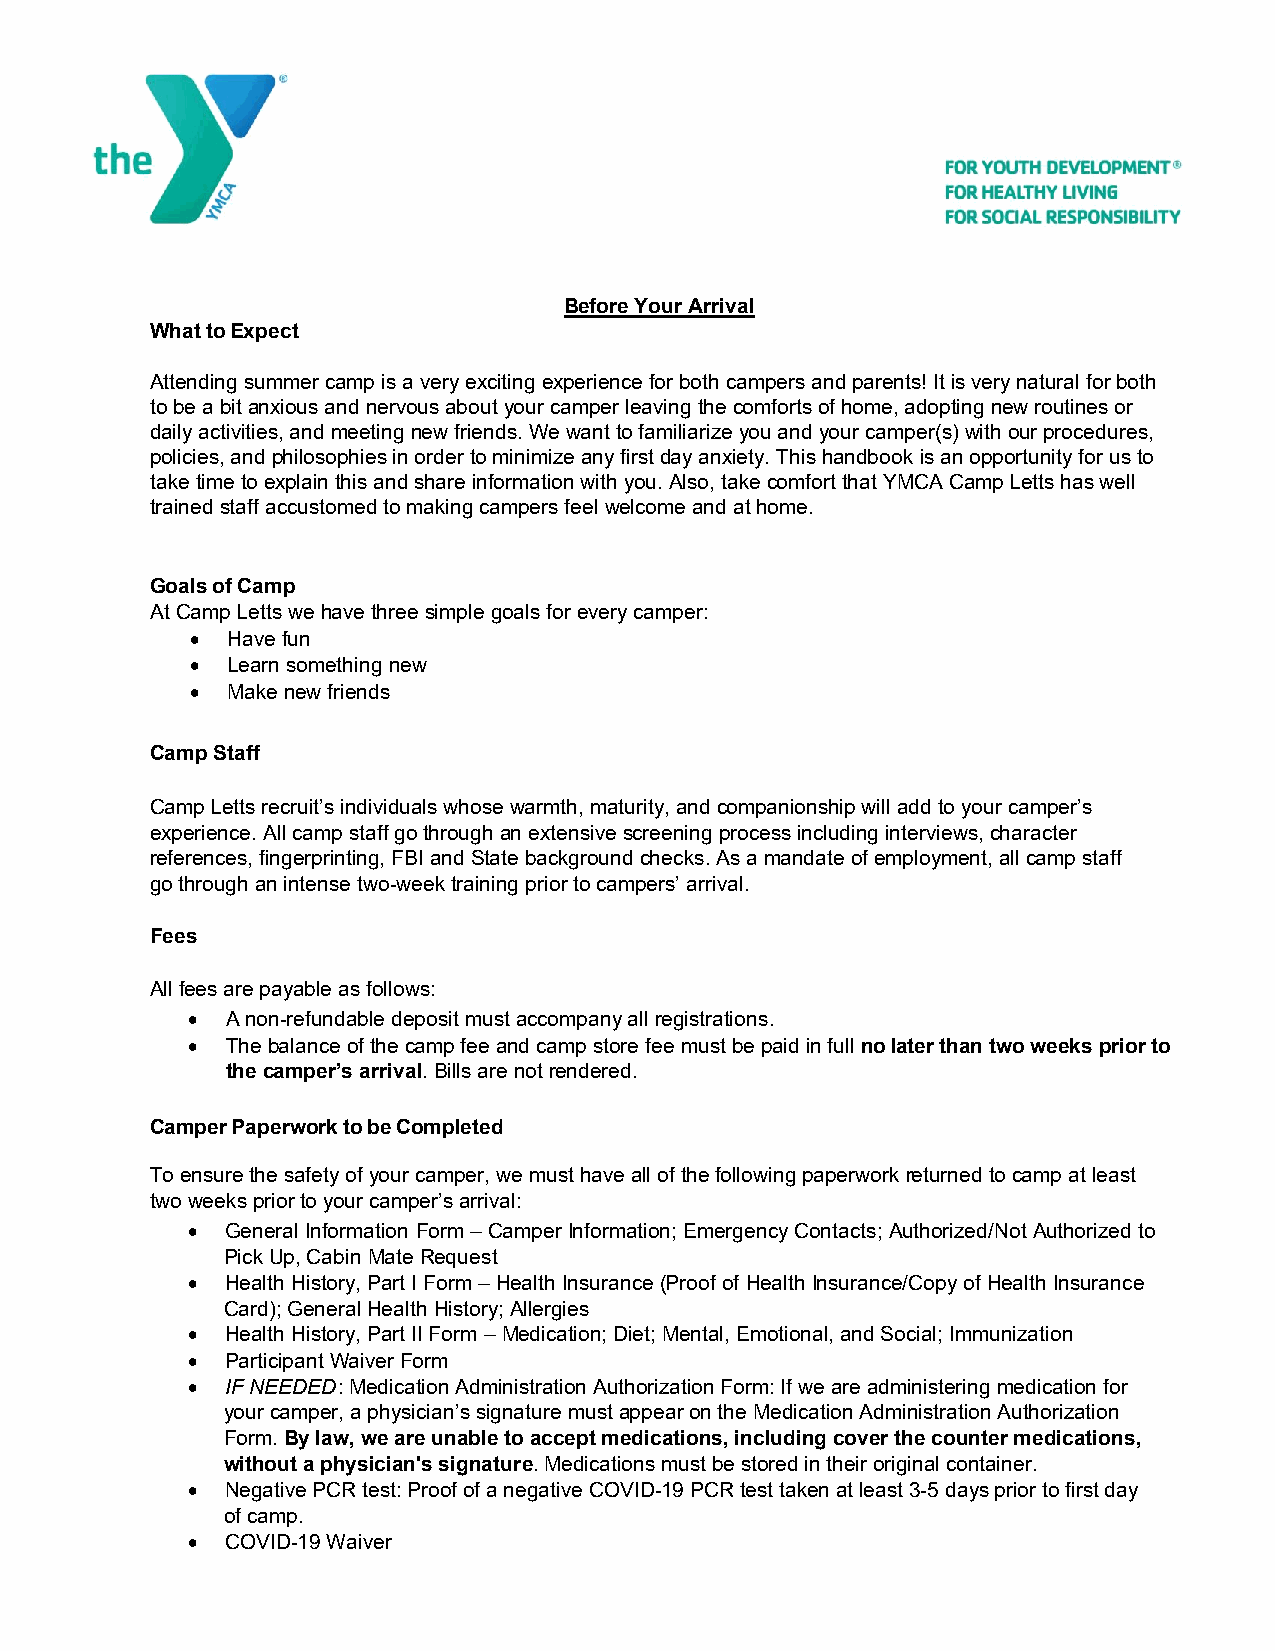
Before Your Arrival
 What to Expect
 Attending summer camp is a very exciting experience for both campers and parents! It is very natural for both
 to be a bit anxious and nervous about your camper leaving the comforts of home, adopting new routines or
 daily activities, and meeting new friends. We want to familiarize you and your camper(s) with our procedures,
 policies, and philosophies in order to minimize any first day anxiety. This handbook is an opportunity for us to
 take time to explain this and share information with you. Also, take comfort that YMCA Camp Letts has well
 trained staff accustomed to making campers feel welcome and at home.
 Goals of Camp
 At Camp Letts we have three simple goals for every camper:
  Have fun
  Learn something new
  Make new friends
 Camp Staff
 Camp Letts recruit’s individuals whose warmth, maturity, and companionship will add to your camper’s
 experience. All camp staff go through an extensive screening process including interviews, character
 references, fingerprinting, FBI and State background checks. As a mandate of employment, all camp staff
 go through an intense two-week training prior to campers’ arrival.
 Fees
 All fees are payable as follows:
   A non-refundable deposit must accompany all registrations.
   The balance of the camp fee and camp store fee must be paid in full no later than two weeks prior to
 the camper’s arrival. Bills are not rendered.
 Camper Paperwork to be Completed
 To ensure the safety of your camper, we must have all of the following paperwork returned to camp at least
 two weeks prior to your camper’s arrival:
   General Information Form – Camper Information; Emergency Contacts; Authorized/Not Authorized to
 Pick Up, Cabin Mate Request
   Health History, Part I Form – Health Insurance (Proof of Health Insurance/Copy of Health Insurance
 Card); General Health History; Allergies
   Health History, Part II Form – Medication; Diet; Mental, Emotional, and Social; Immunization
   Participant Waiver Form
   IF NEEDED: Medication Administration Authorization Form: If we are administering medication for
 your camper, a physician’s signature must appear on the Medication Administration Authorization
 Form. By law, we are unable to accept medications, including cover the counter medications,
 without a physician's signature. Medications must be stored in their original container.
   Negative PCR test: Proof of a negative COVID-19 PCR test taken at least 3-5 days prior to first day
 of camp.
   COVID-19 Waiver